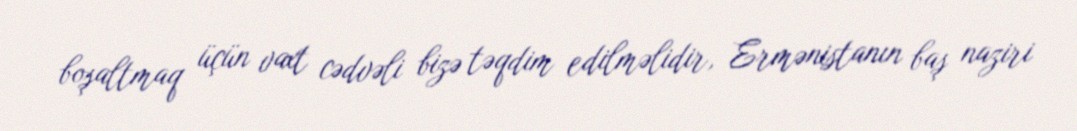
boşaltmaq üçün vaxt cədvəli bizə təqdim edilməlidir, Ermənistanın baş naziri